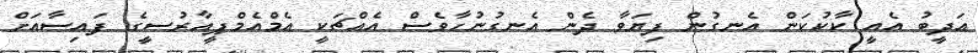
އަދީބު އެއީ ކާކުކަން އެނގުން ފިޔަވާ ދެން އެނގުނުހާވެސް އެއްޗަކީ އެމްއެމްޕީއާރުސީގެ ފައިސާއަށް